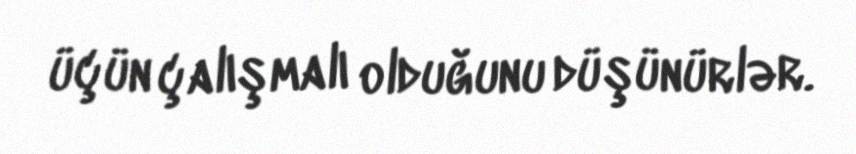
üçün çalışmalı olduğunu düşünürlər.